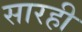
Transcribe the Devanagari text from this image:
सारही